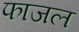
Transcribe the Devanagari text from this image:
फाजल